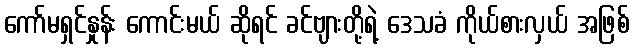
ကော်မရှင်နှုန်း ကောင်းမယ် ဆိုရင် ခင်ဗျားတို့ရဲ့ ဒေသခံ ကိုယ်စားလှယ် အဖြစ်